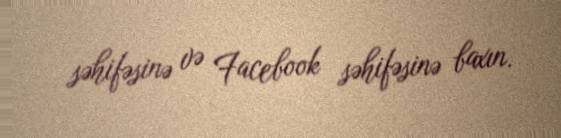
səhifəsinə və Facebook səhifəsinə baxın.